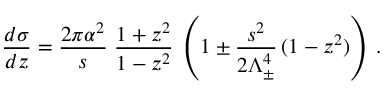
\frac { d \sigma } { d z } = \frac { 2 \pi \alpha ^ { 2 } } { s } \; \frac { 1 + z ^ { 2 } } { 1 - z ^ { 2 } } \; \left( 1 \pm \frac { s ^ { 2 } } { 2 \Lambda _ { \pm } ^ { 4 } } \, ( 1 - z ^ { 2 } ) \right) \; .